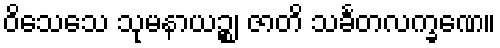
ဝိသေသေ သုမနာယဉ္စ၊ ဇာတိ သင်္ခတလက္ခဏေ။